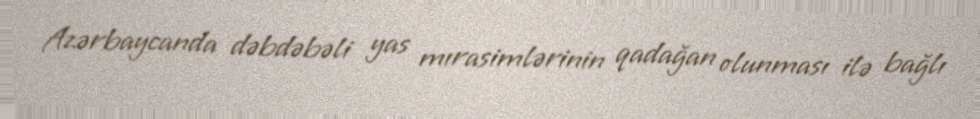
Azərbaycanda dəbdəbəli yas mırasimlərinin qadağan olunması ilə bağlı